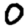
Digit: 0